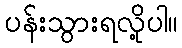
ပန်းသွားရလို့ပါ။